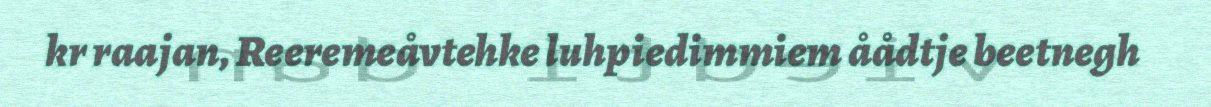
kr raajan, Reeremeåvtehke luhpiedimmiem åådtje beetnegh